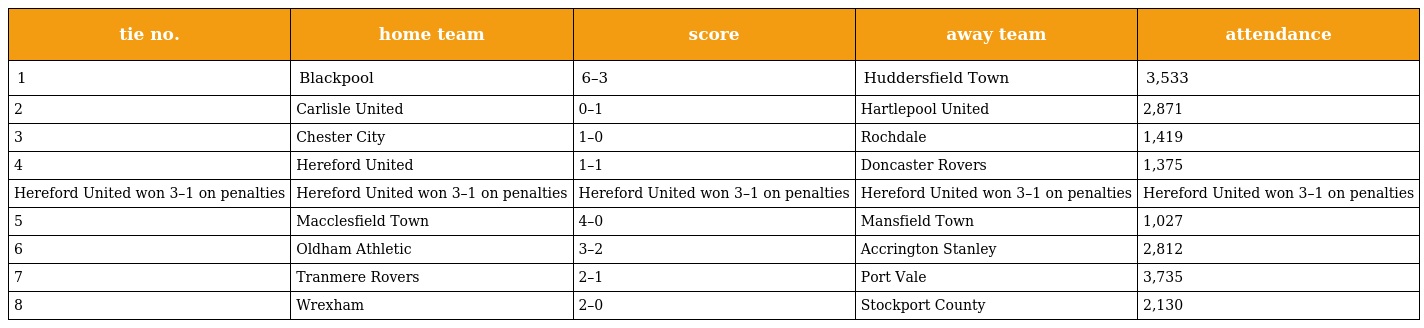
| tie no. | home team | score | away team | attendance |
 | --- | --- | --- | --- | --- |
 | 1 | Blackpool | 6–3 | Huddersfield Town | 3,533 |
 | 2 | Carlisle United | 0–1 | Hartlepool United | 2,871 |
 | 3 | Chester City | 1–0 | Rochdale | 1,419 |
 | 4 | Hereford United | 1–1 | Doncaster Rovers | 1,375 |
 | Hereford United won 3–1 on penalties | Hereford United won 3–1 on penalties | Hereford United won 3–1 on penalties | Hereford United won 3–1 on penalties | Hereford United won 3–1 on penalties |
 | 5 | Macclesfield Town | 4–0 | Mansfield Town | 1,027 |
 | 6 | Oldham Athletic | 3–2 | Accrington Stanley | 2,812 |
 | 7 | Tranmere Rovers | 2–1 | Port Vale | 3,735 |
 | 8 | Wrexham | 2–0 | Stockport County | 2,130 |